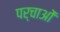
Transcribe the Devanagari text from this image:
पर्चाओं